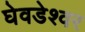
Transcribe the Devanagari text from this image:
घेवडेश्वर